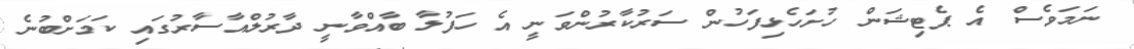
ނަމަވެސް އެ ޕެޓިޝަން ހުށަހެޅިފަހުން ސަރުކާރުންވަނީ އެ ހަފުލާ ބާއްވާނީ ދާރުލްއާސާރުގައި ކަމަށްބުނެ